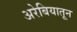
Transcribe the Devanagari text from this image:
अरेबियातून